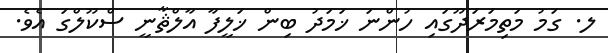
ލ. ގަމު މަތިމަރަދޫގައި ހުންނަ ޚަމަދު ބިން ޚަލީފާ އާލްޘާނީ ސްކޫލްގަ އެވެ.